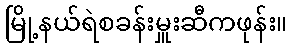
မြို့နယ်ရဲစခန်းမှူးဆီကဖုန်း။